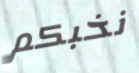
نخبكم